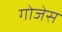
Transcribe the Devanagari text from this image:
गोजेस